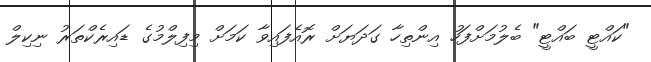
"ކައްޓީ ބައްޓީ" ބެލުމަށްފަހު އިންތިހާ ގަދަޔަށް ރޮއެފައިވާ ކަމަށް މިފިލްމުގެ ޑައިރެކްތަރު ނިކިލް